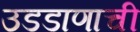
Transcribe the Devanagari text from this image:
उडडाणाची